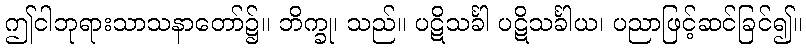
ဤငါဘုရားသာသနာတော်၌။ ဘိက္ခု၊ သည်။ ပဋိသင်္ခါ ပဋိသင်္ခါယ၊ ပညာဖြင့်ဆင်ခြင်၍။